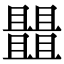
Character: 𠁠